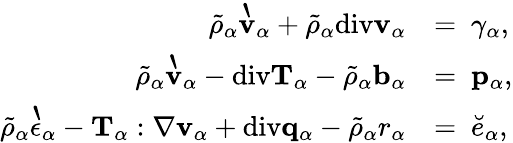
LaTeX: \begin{array}{rl}{\tilde{\rho}_{\alpha}\grave{\mathbf{v}}_{\alpha}+\tilde{\rho}_{\alpha}\mathrm{div}\mathbf{v}_{\alpha}}&{=~\gamma_{\alpha},}\\ {\tilde{\rho}_{\alpha}\grave{\mathbf{v}}_{\alpha}-\mathrm{div}\mathbf{T}_{\alpha}-\tilde{\rho}_{\alpha}\mathbf{b}_{\alpha}}&{=~\mathbf{p}_{\alpha},}\\ {\tilde{\rho}_{\alpha}\grave{\epsilon}_{\alpha}-\mathbf{T}_{\alpha}:\nabla\mathbf{v}_{\alpha}+\mathrm{div}\mathbf{q}_{\alpha}-\tilde{\rho}_{\alpha}r_{\alpha}}&{=~\breve{e}_{\alpha},}\end{array}